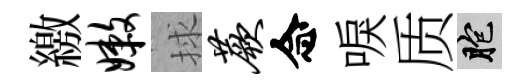
繳嫩捄蕨念唳质胞